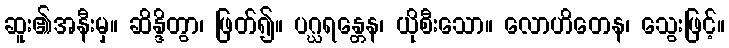
ဆူး၏အနီးမှ။ ဆိန္ဒိတွာ၊ ဖြတ်၍။ ပဂ္ဃရန္တေန၊ ယိုစီးသော။ လောဟိတေန၊ သွေးဖြင့်။